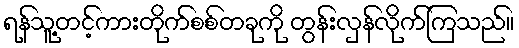
ရန်သူ့တင့်ကားတိုက်စစ်တခုကို တွန်းလှန်လိုက်ကြသည်။